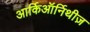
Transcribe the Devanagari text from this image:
आर्किऑर्निथीज़